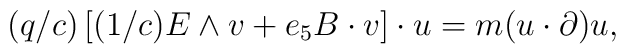
(q/c)\left[ (1/c)E\wedge v+e_{5}B\cdot v\right] \cdot u=m(u\cdot \partial )u,